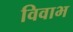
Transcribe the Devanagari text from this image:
विवाभ